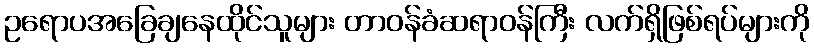
ဥရောပအခြေချနေထိုင်သူများ တာဝန်ခံဆရာဝန်ကြီး လက်ရှိဖြစ်ရပ်များကို